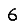
Digit: 6